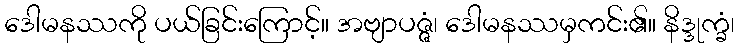
ဒေါမနဿကို ပယ်ခြင်းကြောင့်။ အဗျာပဇ္ဇံ၊ ဒေါမနဿမှကင်း၏။ နိဒ္ဒုက္ခံ၊